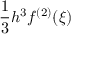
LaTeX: { \frac { 1 } { 3 } } h ^ { 3 } f ^ { ( 2 ) } ( \xi )